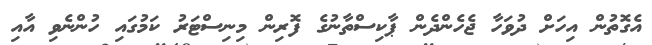
އެގޮތުން އިހަށް ދުވަހާ ޖެހެންދެން ޕާކިސްތާނުގެ ފޮރިން މިނިސްޓަރު ކަމުގައި ހުންނެވި އާއި